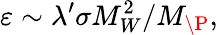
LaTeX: \varepsilon\sim\lambda^{\prime}\sigma M_{W}^{2}/M_{\P},